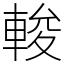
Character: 𨌘